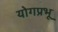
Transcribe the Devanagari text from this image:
योगप्रभू